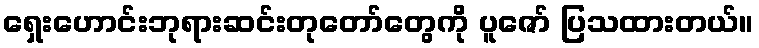
ရှေးဟောင်းဘုရားဆင်းတုတော်တွေကို ပူဇော် ပြသထားတယ်။